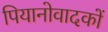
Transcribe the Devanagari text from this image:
पियानोवादकों